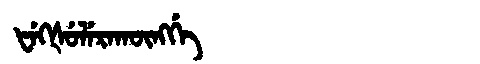
Manchu: ᡶᡝᡴᡧᡠᠯᡝᡵᠠᡴᡡᠩᡤᡝ
Romanization: FEKŠULERAKŪNGGE